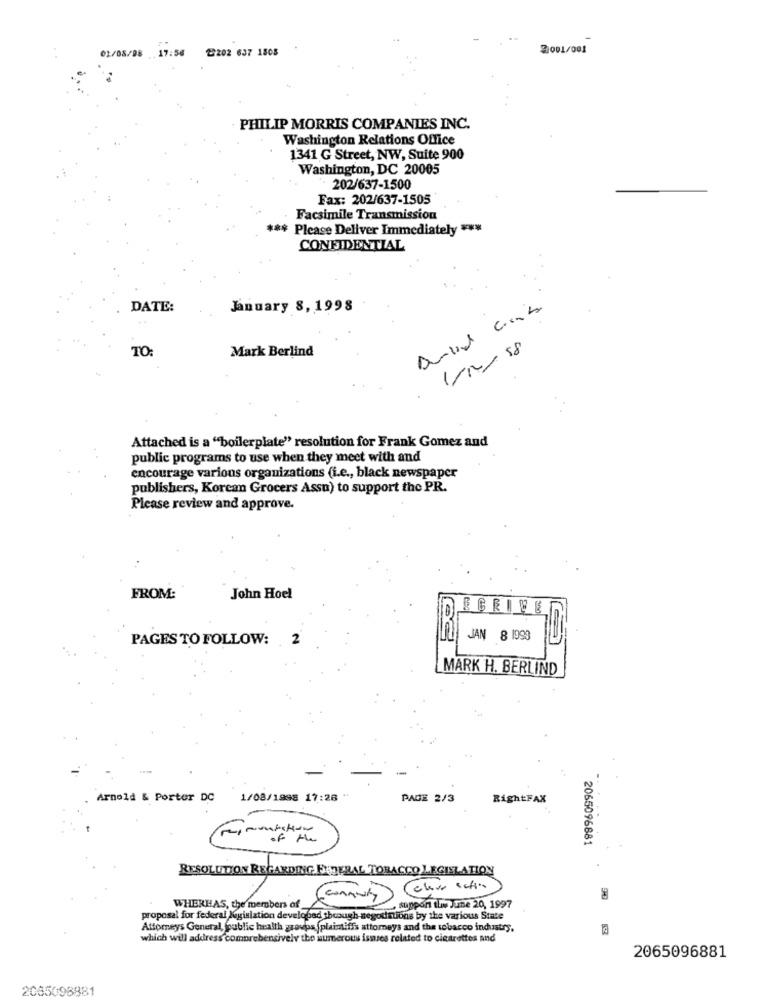
01/08/98 17:56
≥202 637 1808
2001/001
PHILIP MORRIS COMPANIES INC.
Washington Relations Office
1341 G Street, NW, Suite 900
Washington, DC 20005
- 202/637-1500
Fax: 202/637-1505
Facsimile Transmission
*** Please Deliver Immediately ***
CONFIDENTIAL
DATE:
January 8, 1998
1/12/18
TO:
Mark Berlind
.
Attached is a "boilerplate" resolution for Frank Gomez and
public programs to use when they meet with and
encourage various organizations (i.e ., black newspaper
publishers, Korean Grocers Assu) to support the PR.
Please review and approve.
FROM:
John Hoel
ECRILE
PAGES TO FOLLOW:
JAN 8 1993
MARK H. BERLIND
Arnold & Portor DC
1/08/1998 17:28 "
PAGE 2/3
RightFAX
of the
2065096881
RESOLUTION REGARDING FEDERAL TOBACCO LEGISLATION
suppon th June 20, 1997
90
WHEREAS, the members of
proposal for federal legislation developed through negounions by the various State
Attorneys General, public health groups (plaintiffs attomeys and the tobacco industry,
which will address comprebensively the numerous issues related to cigarettes and
2065096881
2065098881